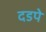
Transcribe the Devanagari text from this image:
दडपे